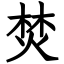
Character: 焚